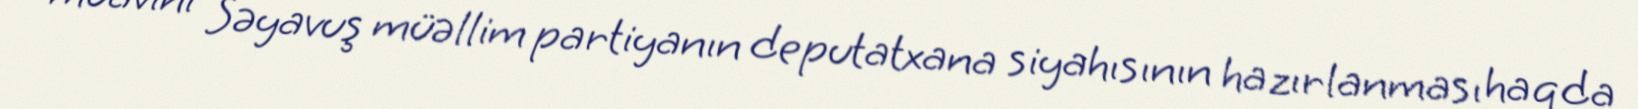
müavini Səyavuş müəllim partiyanın deputatxana siyahısının hazırlanması haqda